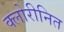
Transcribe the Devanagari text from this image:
क्लोरीनित